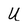
Character: u